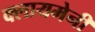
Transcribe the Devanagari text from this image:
क्लायमेनी